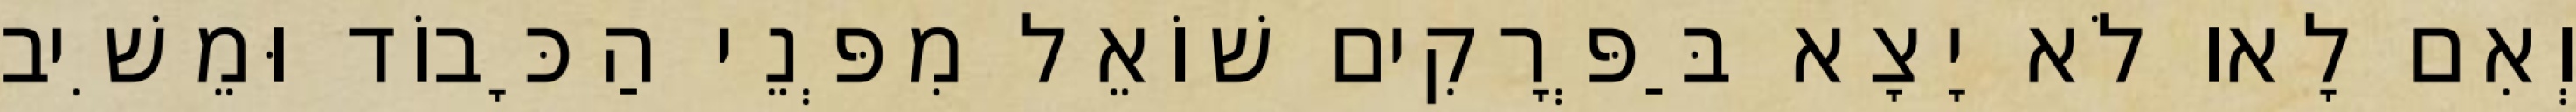
וְאִם לָאו לֹא יָצָא בַּפְּרָקִים שׁוֹאֵל מִפְּנֵי הַכָּבוֹד וּמֵשִׁיב